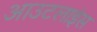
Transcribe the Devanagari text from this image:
आउटलाइंस